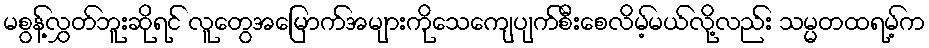
မစွန့်လွှတ်ဘူးဆိုရင် လူတွေအမြောက်အများကိုသေကျေပျက်စီးစေလိမ့်မယ်လို့လည်း သမ္မတထရမ့်က